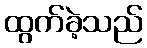
ထွက်ခဲ့သည်